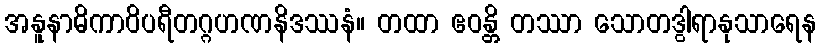
အနူနာဓိကာဝိပရီတဂ္ဂဟဏနိဒဿနံ။ တထာ ဧဝန္တိ တဿာ သောတဒွါရာနုသာရေန